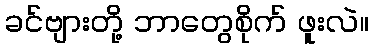
ခင်ဗျားတို့ ဘာတွေစိုက် ဖူးလဲ။